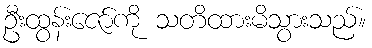
ဦးထွန်းဇော်ကို သတိထားမိသွားသည်။